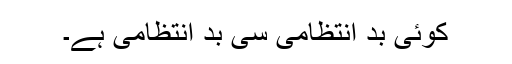
کوئی بد انتظامی سی بد انتظامی ہے۔